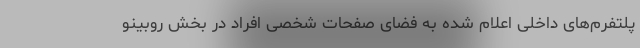
پلتفرم‌های داخلی اعلام شده به فضای صفحات شخصی افراد در بخش روبینو